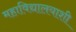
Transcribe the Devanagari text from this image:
महाविद्यालयाशी